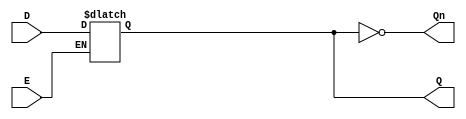
module LatchRegister (
    input wire D,      // Data Input
    input wire E,      // Enable Signal
    output reg Q,      // Output Q
    output wire Qn     // Complementary Output Q'
);

// Always block to implement the latch behavior
always @(*) begin
    if (E) begin
        Q = D;        // Capture the input data when Enable is high
    end
    // If E is low, Q retains its previous value (no assignment needed)
end

assign Qn = ~Q; // Complementary output

endmodule